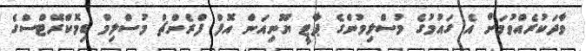
ވާދަކުރެއްވުމަށް އެ ގައުމުގެ މުސްލިމުންގެ ޕާޓީ ޔޫނިއަން އޮފް ފްރެންޗް މުސްލިމް ޑިމޮކްރޭޓްސްގެ